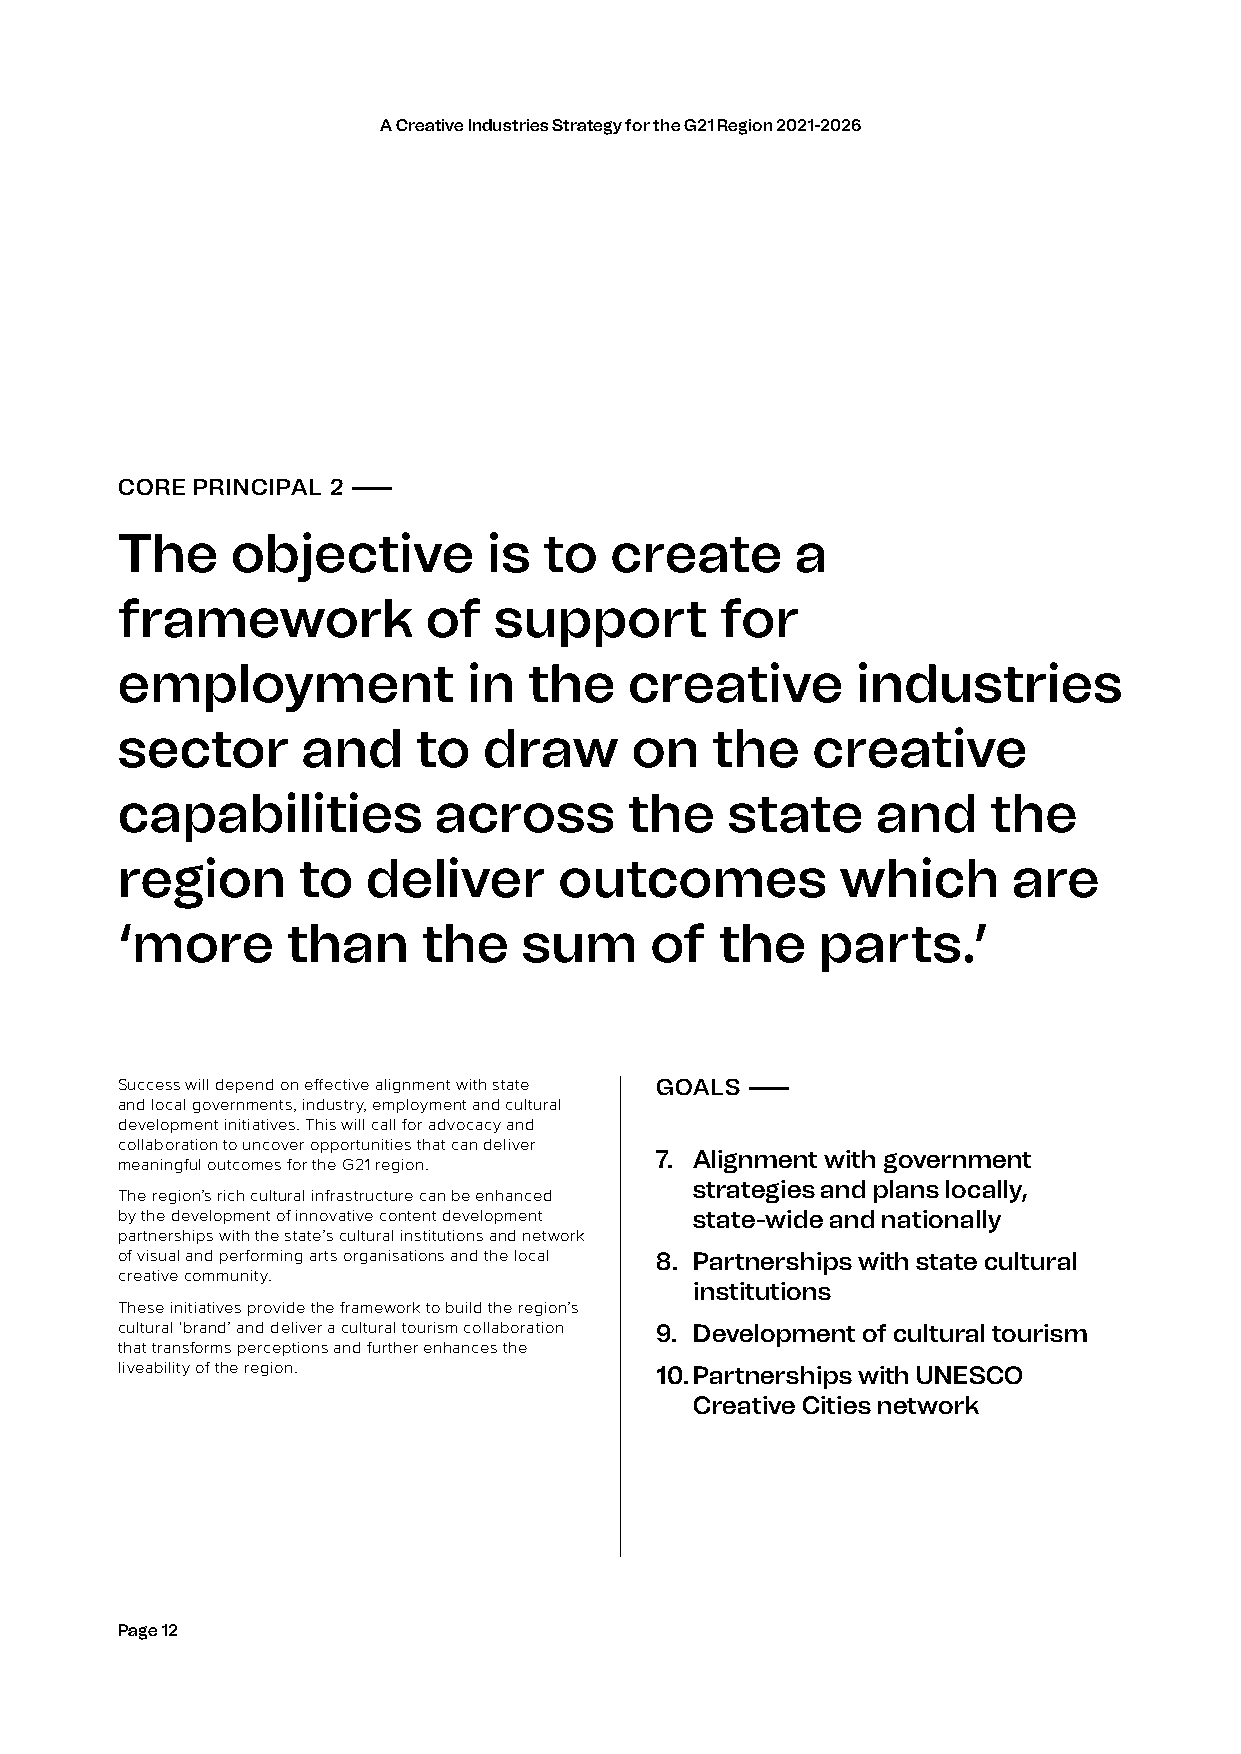
A Creative Industries Strategy for the G21 Region 2021-2026
 CORE PRINCIPAL 2 ——
 The    objective        is  to  create       a
 framework           of   support        for
 employment             in  the    creative       industries
 sector      and     to  draw      on   the    creative
 capabilities         across       the   state     and     the
 region      to  deliver      outcomes           which      are
 ‘more      than     the    sum     of   the   parts.’
 Success will depend on effective alignment with state GOALS ——
 and local governments, industry, employment and cultural
 development initiatives. This will call for advocacy and
 collaboration to uncover opportunities that can deliver
 7. Alignment with government
 meaningful outcomes for the G21 region.
 strategies and plans locally,
 The region’s rich cultural infrastructure can be enhanced
 by the development of innovative content development state-wide and nationally
 partnerships with the state’s cultural institutions and network
 of visual and performing arts organisations and the local 8. Partnerships with state cultural
 creative community.
 institutions
 These initiatives provide the framework to build the region’s
 cultural ‘brand’ and deliver a cultural tourism collaboration 9. Development of cultural tourism
 that transforms perceptions and further enhances the
 liveability of the region.         10. Partnerships with UNESCO
 Creative Cities network
 Page 12